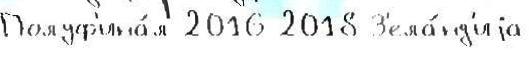
Полуф'ина́л 2016 2018 З'ела́нд'иjа